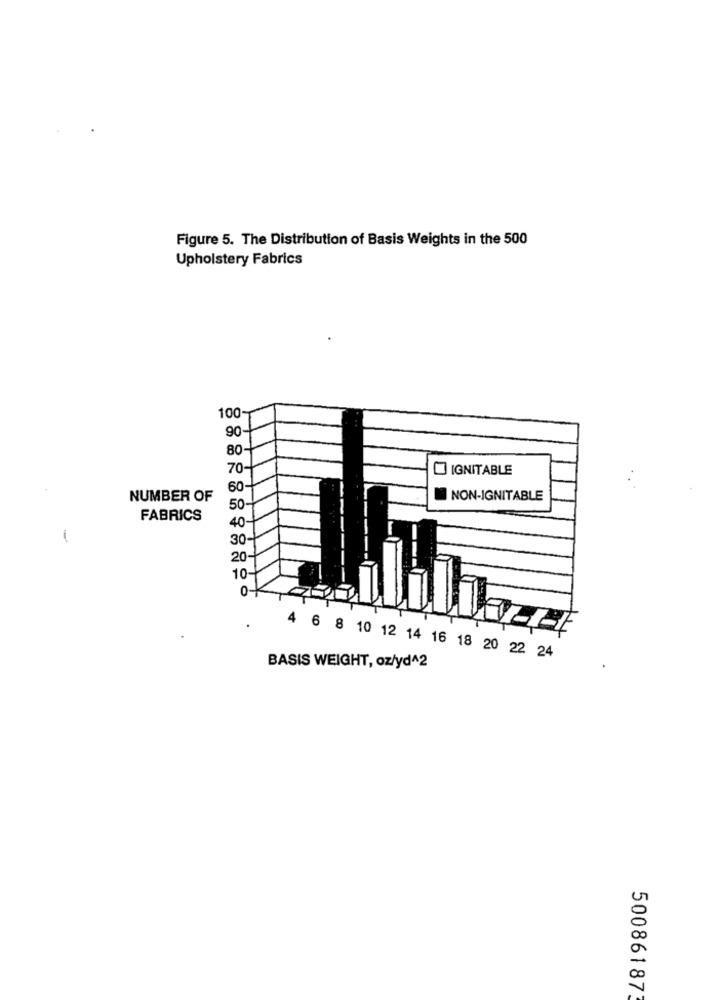
Figure 5. The Distribution of Basis Weights in the 500
Upholstery Fabrics
100
90
80
70
IGNITABLE
60
NUMBER OF
NON-IGNITABLE
50
FABRICS
40
-
30
20
10
0-
4 6 8 10 12 14 16 18 20 22 24
BASIS WEIGHT, oz/yd^2
50086187